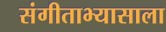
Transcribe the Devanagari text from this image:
संगीताभ्यासाला